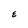
Character: E